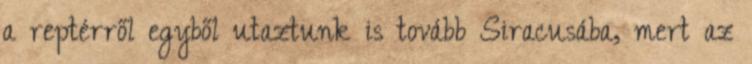
a reptérről egyből utaztunk is tovább Siracusába, mert az